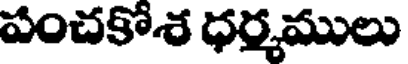
పంచకోశ ధర్మములు